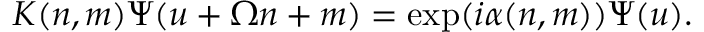
K ( n , m ) \Psi ( u + \Omega n + m ) = \exp ( i \alpha ( n , m ) ) \Psi ( u ) .